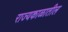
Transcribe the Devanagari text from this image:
राज्यकाळातील